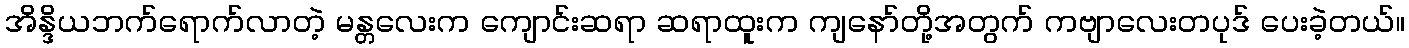
အိန္ဒိယဘက်ရောက်လာတဲ့ မန္တလေးက ကျောင်းဆရာ ဆရာထူးက ကျနော်တို့အတွက် ကဗျာလေးတပုဒ် ပေးခဲ့တယ်။